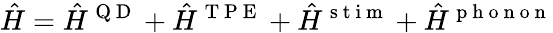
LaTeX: \hat{H}=\hat{H}^{\mathrm{~Q~D~}}+\hat{H}^{\mathrm{~T~P~E~}}+\hat{H}^{\mathrm{~s~t~i~m~}}+\hat{H}^{\mathrm{~p~h~o~n~o~n~}}